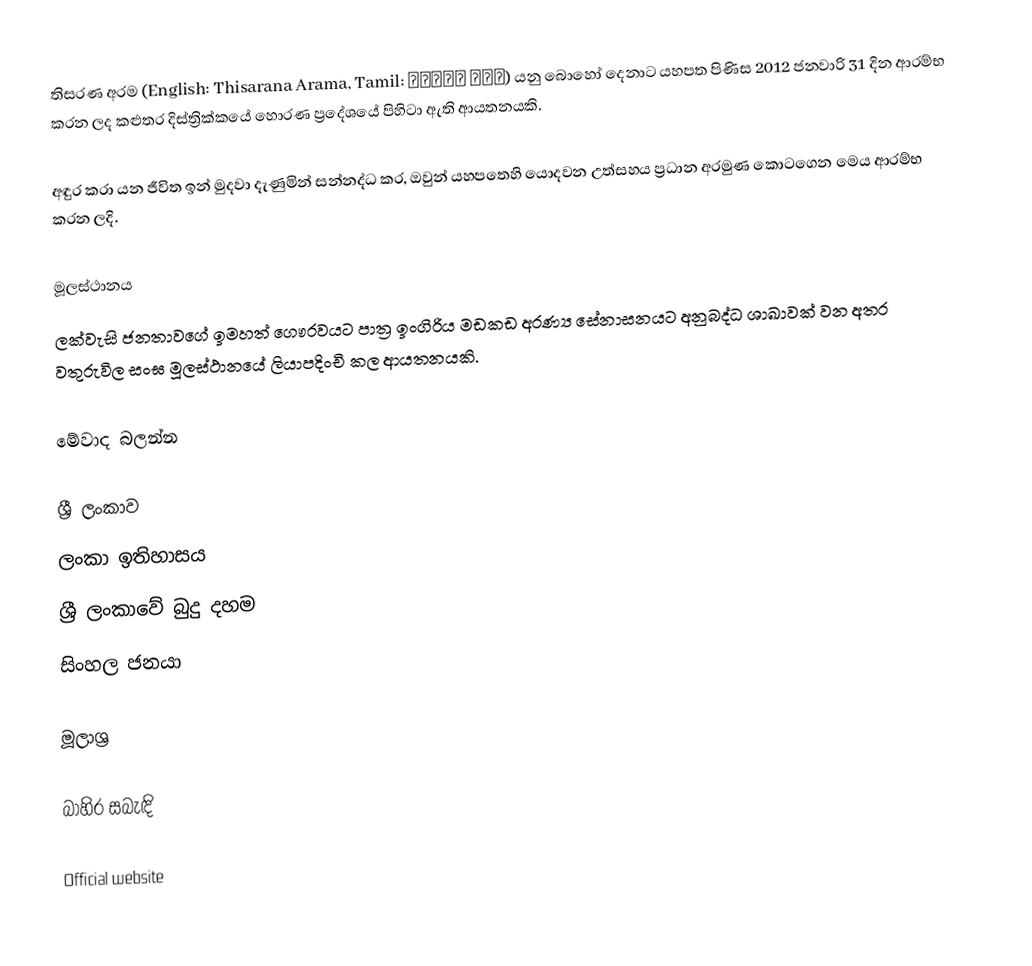
තිසරණ අරම (English: Thisarana Arama, Tamil: திசரண அரம) යනු බොහෝ දෙනාට යහපත පිණිස 2012 ජනවාරි 31 දින ආරම්භ කරන ලද කළුතර දිස්ත්‍රික්කයේ හොරණ ප්‍රදේශයේ පිහිටා ඇති ආයතනයකි.

අඳුර කරා යන ජීවිත ඉන් මුදවා දැණුමින් සන්නද්ධ කර, ඔවුන් යහපතෙහි යොදවන උත්සහය ප්‍රධාන අරමුණ කොටගෙන මෙය ආරම්භ කරන ලදි.

මූලස්ථානය
ලක්වැසි ජනතාවගේ ඉමහත් ‌ගෞරවයට පාත්‍ර ඉංගිරිය මඩකඩ අරණ්‍ය සේනාසනයට අනුබද්ධ ශාඛාවක් වන අතර වතුරුවිල සංඝ මූලස්ථානයේ ලියාපදිංචි කල ආයතනයකි.

මේවාද බලන්න

 ශ්‍රී ලංකාව
 ලංකා ඉතිහාසය
 ශ්‍රී ලංකාවේ බුදු දහම
 සිංහල ජනයා

මූලාශ්‍ර

බාහිර සබැඳි

 Official website